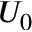
U _ { 0 }